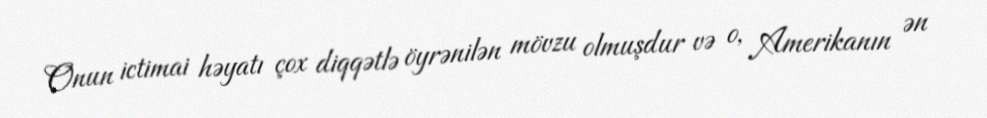
Onun ictimai həyatı çox diqqətlə öyrənilən mövzu olmuşdur və o, Amerikanın ən